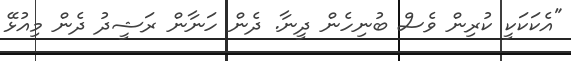
"އެކަކަކީ ކުރިން ވެސް ބުނިހެން ދީނާ. ދެން ހަނާން ރަޝީދު ދެން މިއުޅޭ